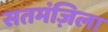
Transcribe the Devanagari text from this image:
सतमंज़िला